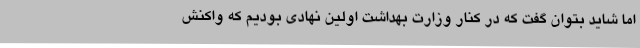
اما شاید بتوان گفت که در کنار وزارت بهداشت اولین نهادی بودیم که واکنش